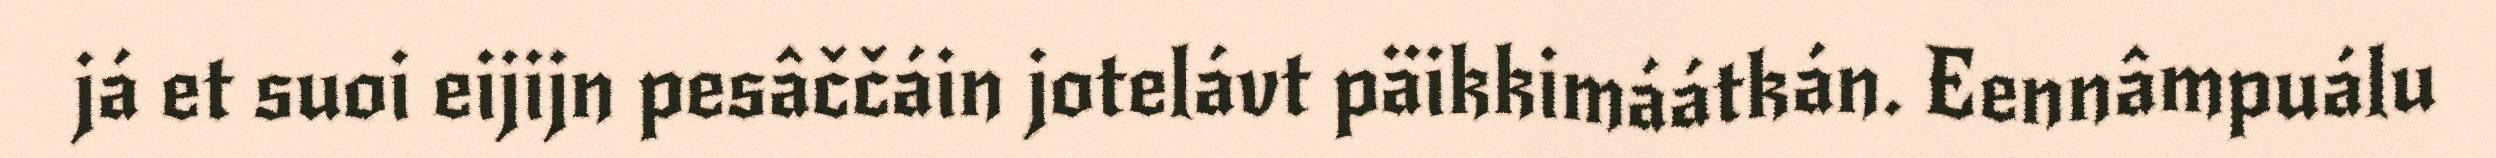
já et suoi eijijn pesâččáin jotelávt päikkimáátkán. Eennâmpuálu